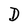
Character: D